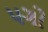
પગો